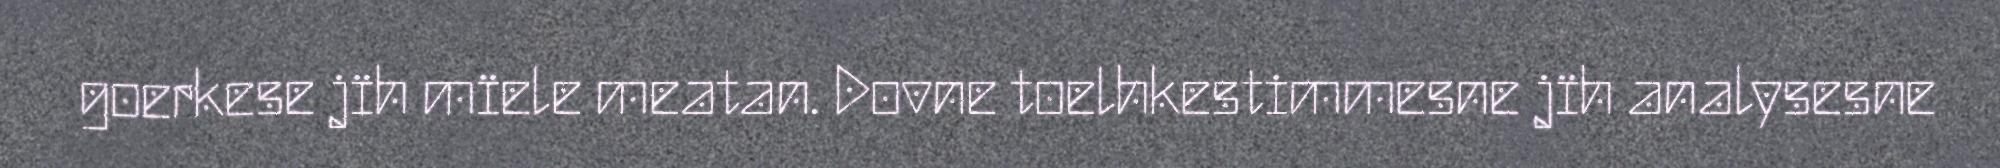
goerkese jïh mïele meatan. Dovne toelhkestimmesne jïh analysesne